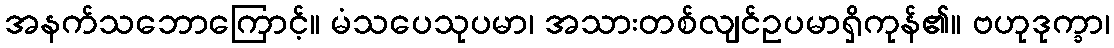
အနက်သဘောကြောင့်။ မံသပေသုပမာ၊ အသားတစ်လျင်ဥပမာရှိကုန်၏။ ဗဟုဒုက္ခာ၊